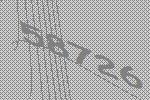
58726